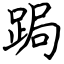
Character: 跼